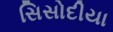
સિસોદીયા